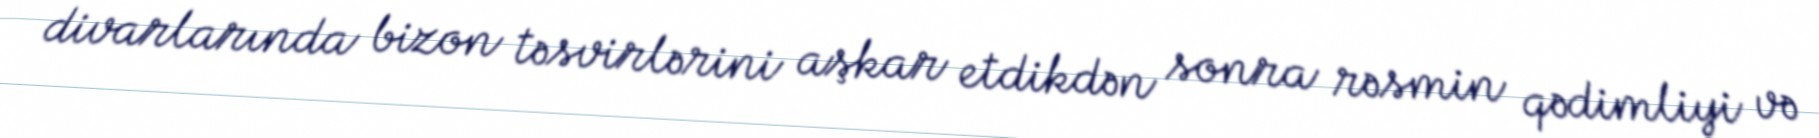
divarlarında bizon təsvirlərini aşkar etdikdən sonra rəsmin qədimliyi və